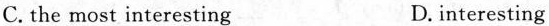
C. the most interesting D.interesting